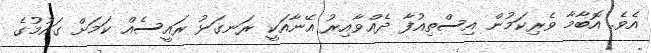
އެވެ. އޮބާމާ ވެރިކަމުން އިސްތިއުފާ ދެއްވާއިރު އޭނާއަކީ ރަނގަޅު ރައީސެއް ކަމަށް ގައުމުގެ